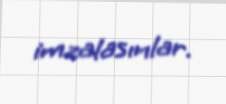
imzalasınlar.